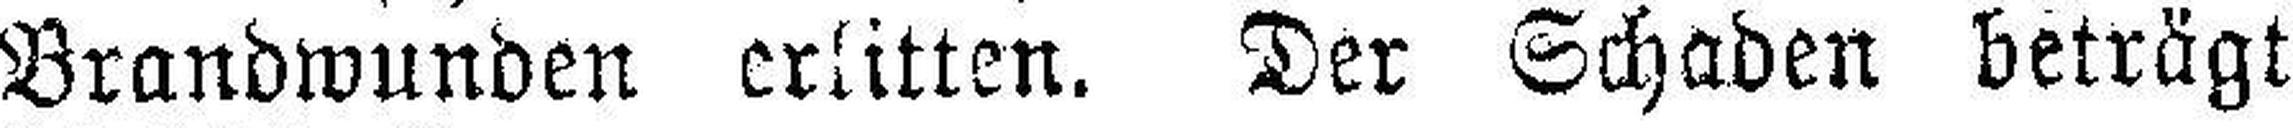
Brandwunden erlitten. Der Schaden beträgt